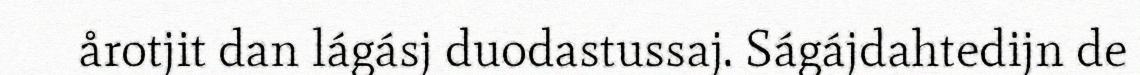
årotjit dan lágásj duodastussaj. Ságájdahtedijn de